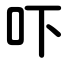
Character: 吓